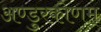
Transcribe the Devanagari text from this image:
अण्डुरकोणम्